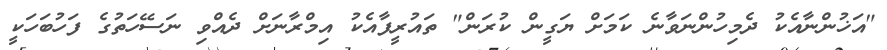
"އަޚުންނާއެކު ދެމިހުންނަވާނެ ކަމަށް ޔަގީން ކުރަން" ތައުރީފާއެކު އިމްރާނަށް ދެއްވި ނަސޭހަތުގެ ފަހުބަހަކީ